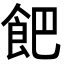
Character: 𩚥